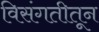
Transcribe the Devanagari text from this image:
विसंगतीतून